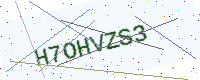
Text: H7OHVZS3